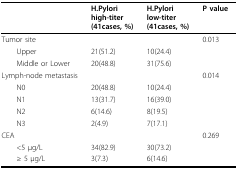
<table><thead><tr><td></td><td><b>H.Pylori high-titer(41cases,%)</b></td><td><b>H.Pylori low-titer(41cases,%)</b></td><td><b>P value</b></td></tr></thead><tbody><tr><td>Tumor site</td><td></td><td></td><td>0.013</td></tr><tr><td> Upper</td><td>21(51.2)</td><td>10(24.4)</td><td></td></tr><tr><td> Middle or Lower</td><td>20(48.8)</td><td>31(75.6)</td><td></td></tr><tr><td>Lymph-node metastasis</td><td></td><td></td><td>0.014</td></tr><tr><td> N0</td><td>20(48.8)</td><td>10(24.4)</td><td></td></tr><tr><td> N1</td><td>13(31.7)</td><td>16(39.0)</td><td></td></tr><tr><td> N2</td><td>6(14.6)</td><td>8(19.5)</td><td></td></tr><tr><td> N3</td><td>2(4.9)</td><td>7(17.1)</td><td></td></tr><tr><td>CEA</td><td></td><td></td><td>0.269</td></tr><tr><td> &lt;5 μg/L</td><td>34(82.9)</td><td>30(73.2)</td><td></td></tr><tr><td> ≥ 5 μg/L</td><td>3(7.3)</td><td>6(14.6)</td><td></td></tr></tbody></table>